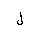
Letter: _lam